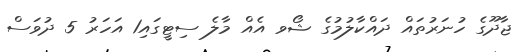
ޖާދޫގެ ހުނަރުތައް ދައްކާލުމުގެ ޝޯވ އެއް މާލެ ސިޓީގައި1 އަހަރު 5 ދުވަސް